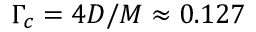
\Gamma _ { c } = 4 D / M \approx 0 . 1 2 7